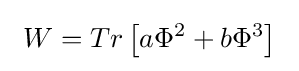
\ W=Tr\left[a\Phi ^{2}+b\Phi ^{3}\right]\